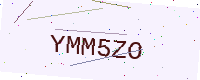
Text: YMM5ZO